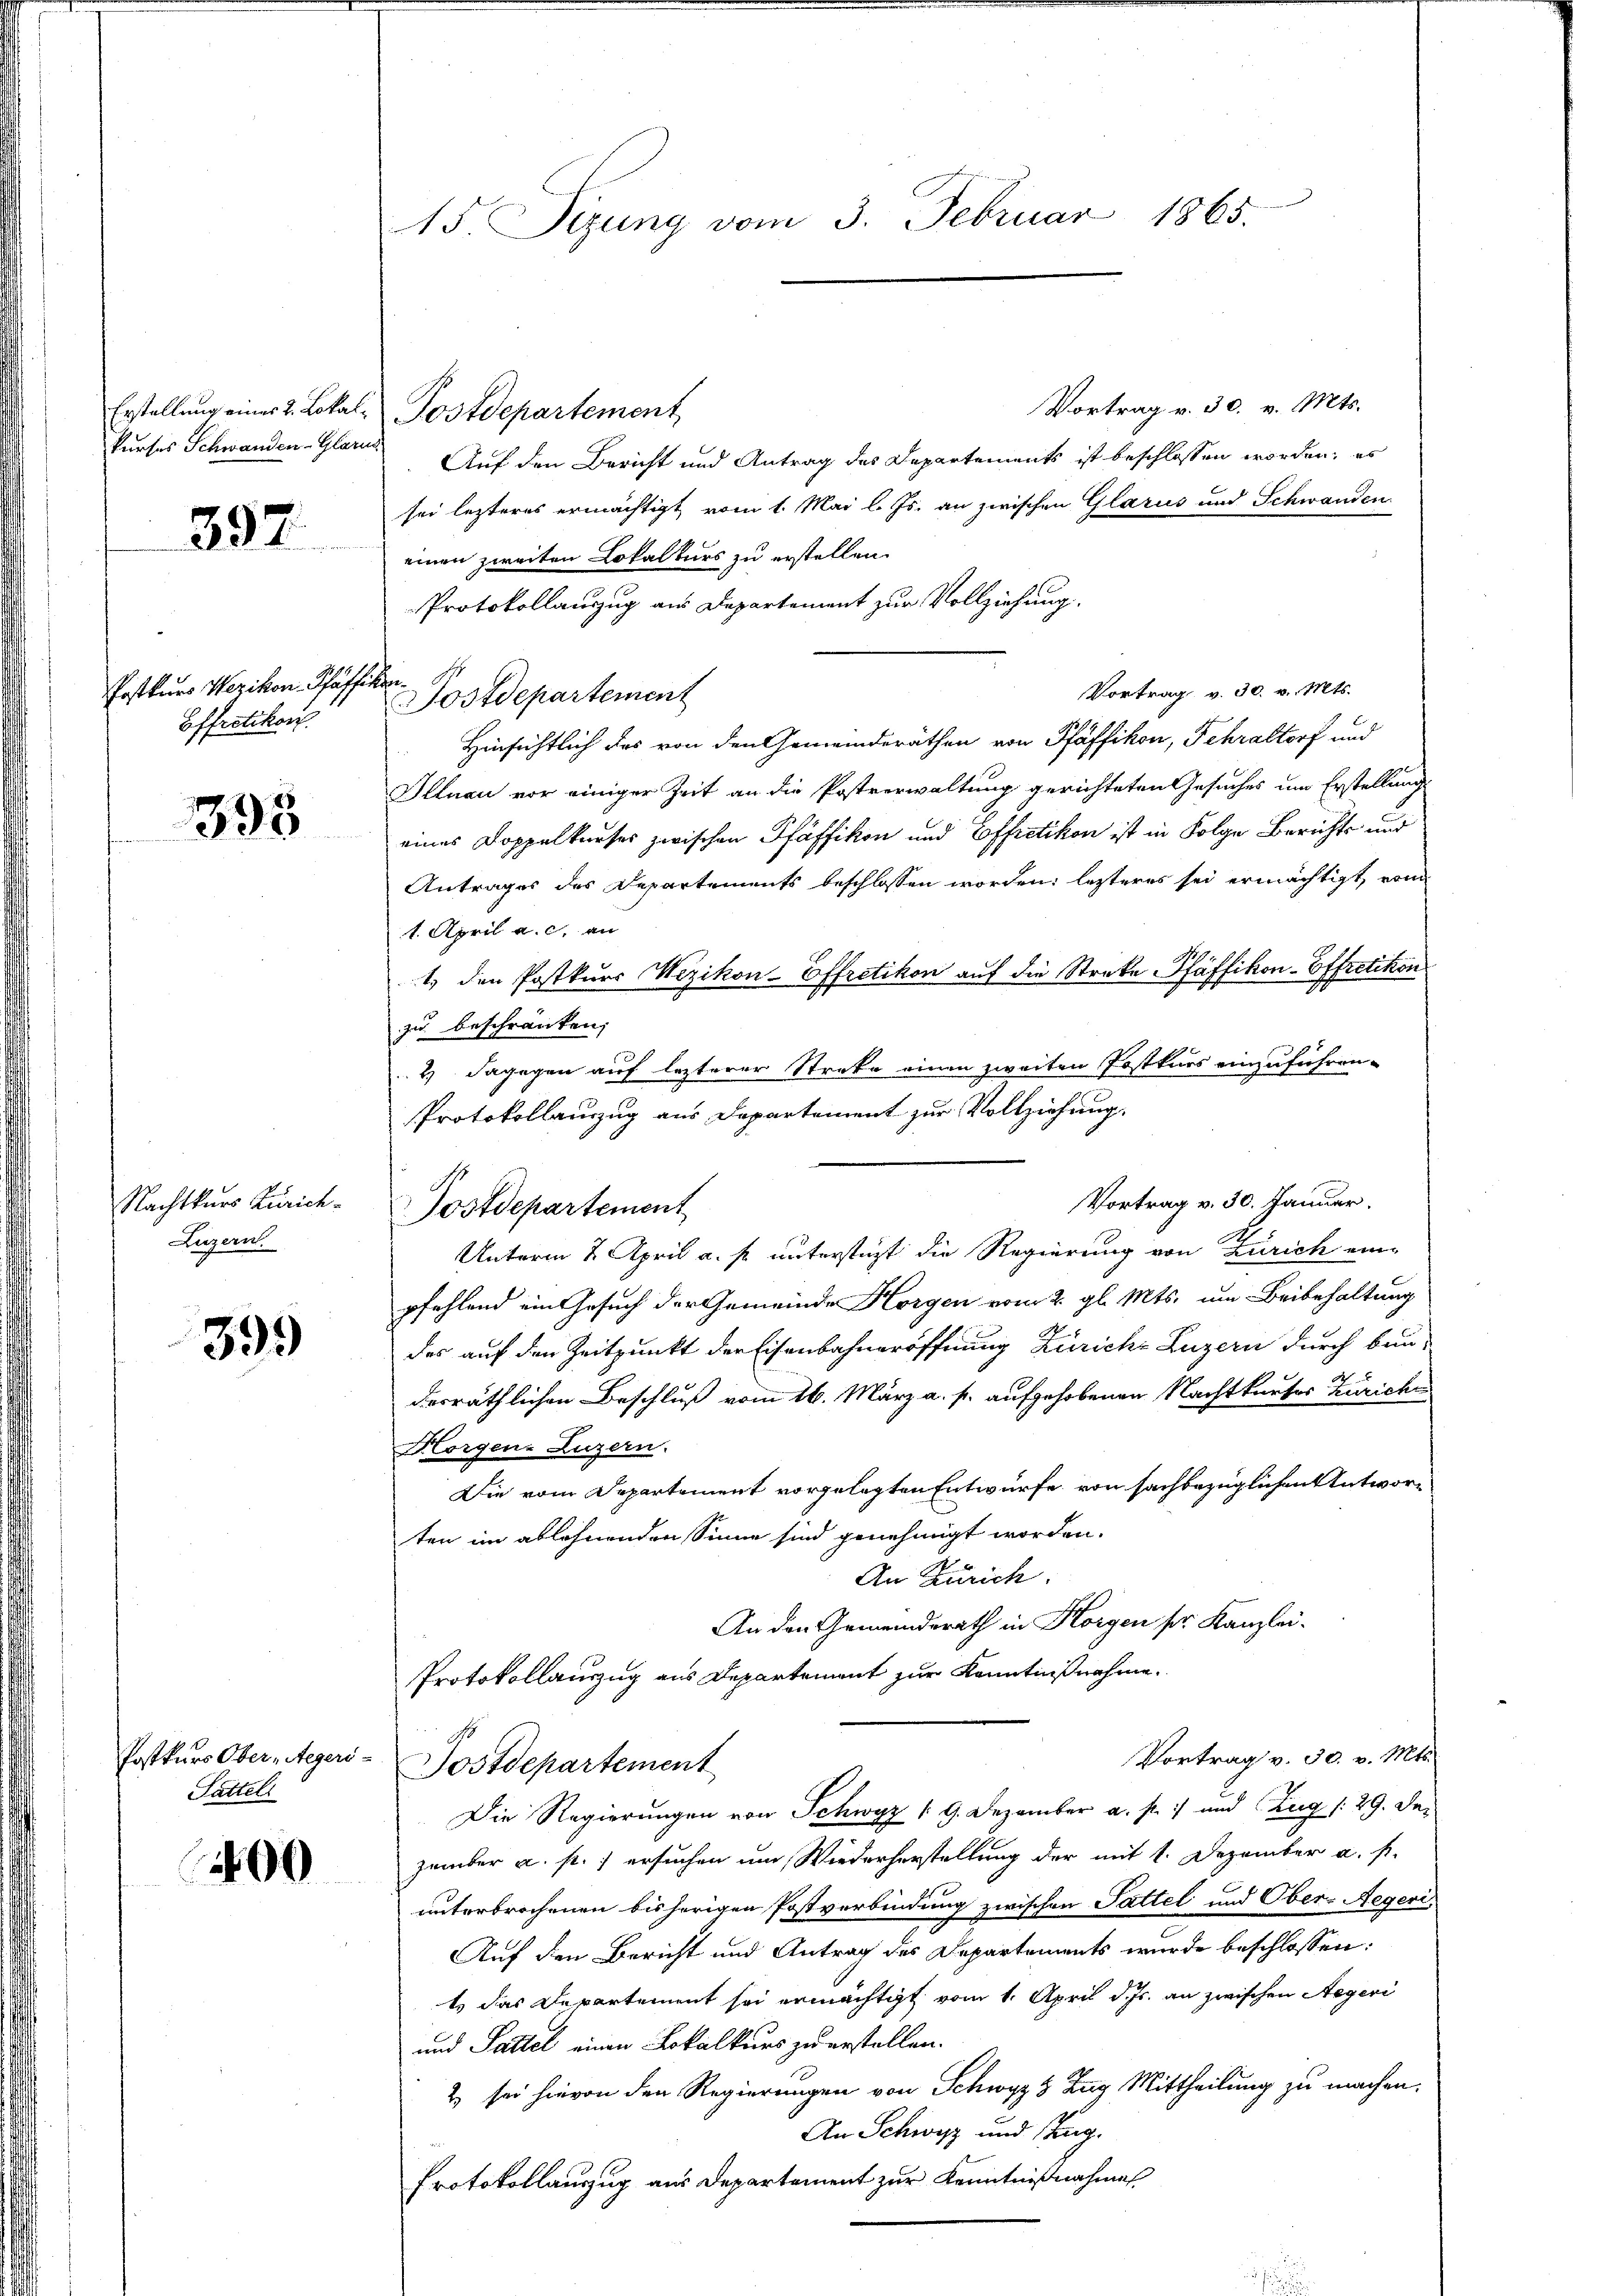
Erstellung eines 2. Lokalkurses Schwanden Glarus

397.

Postkurs Wezikon, Pfäff
Effretikon.

398

Nachtkurs Zürich¬
Luzern

399

Postkurs Ober-Aegeri-
Sattel

400

15 Sizung vom 3. Februar 1865.

Vortrag v. 30. v. Mts.
Postdepartement
Auf den Bericht und Antrag des Departements ist beschlossen worden; es
sei lezteres ermächtigt vom 1. Mai l. Js. an zwischen Glarus und Schwanden
einen zweiten Lokalkurs zu erstellen.
Protokollauszug aus Departement zur Vollziehung.
Vortrag v. 30. v. Mts.
Postdepartement
Hinsichtlich das von den Gemeinderäthen von Pfäffikon, Fehraltorf und
Illnau vor einiger Zeit an die Postverwaltung gerichteten Gesuches um Erstellung
eines Doppelkurses zwischen Pfäffikon und Effretikon ist in Folge Berichts und
Antrages des Departements beschlossen worden; letzteres sei ermächtigt, vom
1. April a. c. an
1. den Postkurs Wezikon-Effretikon auf die Strake Pfäffikon-Effretikon
zu beschränken,
2) dagegen auf lezterer Streke einen zweiten Postkurs einzuführen.
Protokollanzug aus Departement zur Vollziehung.
Vortrag v. 30. Januar.
Postdepartement
Unterm 2. April a. p. unterstüzt die Regierung von Zürich einpfehlend ein Gesuch der Gemeinde Horgen vom 2. gl. Mts. um Beibehaltung
des auf den Zeitpunkt der Eisenbahneröffnung Zürich Luzern durch bun-
derräthlichen Beschluß vom 16. März a. p. aufgehobenen Nachtkartes Zürichen
Horgen, Luzern.
Die vom Departement vorgelegten Entwürfe von sachbezüglichen Antworten im ablehnenden Sinne sind genehmigt worden.
An Zürich.
An den Gemeinderath in Horgen ser Kanzlei-
Protokollauszug aus Departement zur Kenntnißnahme.

e

Die Regierungen von Schwyz (9. Dezember a. p.) und Zug (: 29. Dez
zember a. p.) ersuchen und Wiederherstellung der mit 1. Dezember a. s.
unterbrochenen bisherigen Postverbindung zwischen Sattel und Ober-Aegeri
Auf den Bericht und Antrag des Departements wurde beschlossen:
ts das Departement sei ermächtigt vom 1. April d. Js. an zwischen Aegeri
und Sattel einen Lokalkurs zu erstellen.
2) sei hievon den Regierungen von Schwyz, Zug Mittheilung zu machen.
An Schwyz und sing.
Protokollauszug aus Departement zur Kenntnißnahme

d
Vortrag v. 30. v. Mts.
Postdepartement